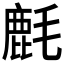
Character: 𱥥